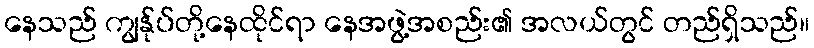
နေသည် ကျွန်ုပ်တို့နေထိုင်ရာ နေအဖွဲ့အစည်း၏ အလယ်တွင် တည်ရှိသည်။